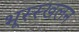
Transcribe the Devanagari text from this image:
भूस्स्खलन